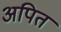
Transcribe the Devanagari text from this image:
अपित